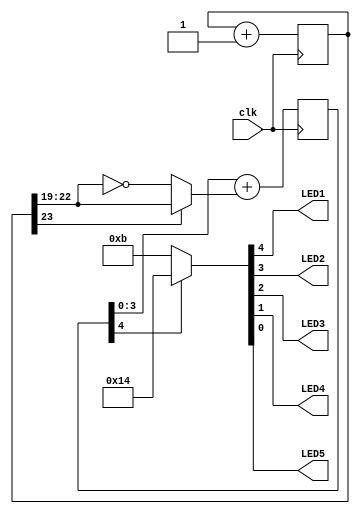
module top(
	input clk,
	output LED1,
	output LED2,
	output LED3,
	output LED4,
	output LED5,
);

	reg [23:0] cnt;

	always @(posedge clk) cnt<=cnt+1;
	wire [3:0] PWM_input = cnt[23] ? cnt[22:19] : ~cnt[22:19];    // ramp the PWM input up and down

	reg [4:0] PWM;
	always @(posedge clk) PWM <= PWM[3:0]+PWM_input;

	assign {LED1, LED2, LED3, LED4, LED5} = PWM[4] ? 'b10100 : 'b01011;
endmodule